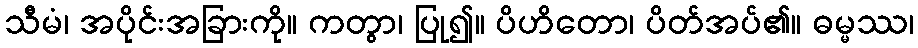
သီမံ၊ အပိုင်းအခြားကို။ ကတွာ၊ ပြု၍။ ပိဟိတော၊ ပိတ်အပ်၏။ ဓမ္မဿ၊